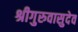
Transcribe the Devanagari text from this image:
श्रीगुरुवासुदेव